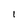
Character: 1